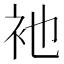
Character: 衪